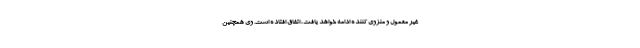
غیر معمول و منزوی کننده ادامه خواهد یافت، اتفاق افتاده است. وی همچنین